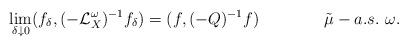
LaTeX: \begin{align*}\lim\limits_{\delta \downarrow 0}(f_\delta, (-\mathcal{L}_X^\omega)^{-1} f_\delta) = (f, (-Q)^{-1}f)~~~~~~~~~~~~\tilde{\mu}-a.s.~\omega.\end{align*}